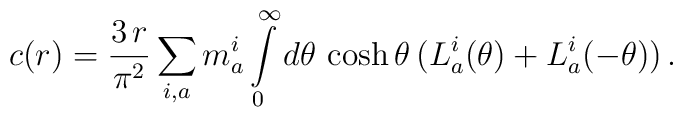
c(r)=\frac{3\,r}{\pi ^{2}}\sum_{i,a}m_{a}^{i}\int\limits_{0}^{\infty}d\theta \,\cosh \theta \,(L_{a}^{i}(\theta )+L_{a}^{i}(-\theta ))\,.